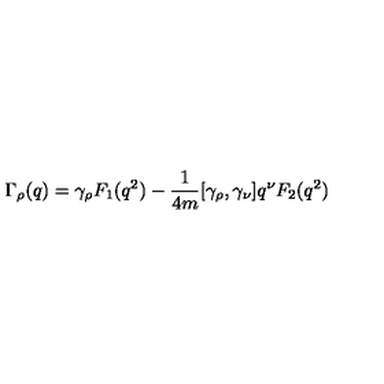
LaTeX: \Gamma _ { \rho } ( q ) = \gamma _ { \rho } F _ { 1 } ( q ^ { 2 } ) - \frac { 1 } { 4 m } [ \gamma _ { \rho } , \gamma _ { \nu } ] q ^ { \nu } F _ { 2 } ( q ^ { 2 } )